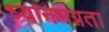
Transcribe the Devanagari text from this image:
ध्यानभग्नता